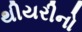
થીયરીનો